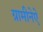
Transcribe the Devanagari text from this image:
ग्रामीनेऐ